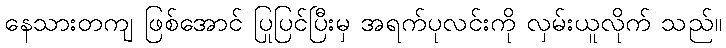
နေသားတကျ ဖြစ်အောင် ပြုပြင်ပြီးမှ အရက်ပုလင်းကို လှမ်းယူလိုက် သည်။